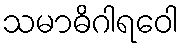
သမာဓိဂါရဝေါ